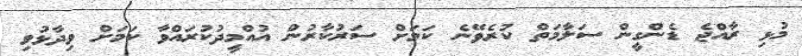
މުޅި ރާއްޖެ ޑެންގީން ސަލާމަތް ކުރެވޭނެ ކަމަށް ސަރުކާރުން އުއްމީދުކުރައްވާ ކަމަށް ވިދާޅުވި